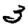
Digit: 3